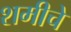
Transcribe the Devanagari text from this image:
शमीचे